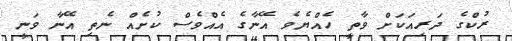
ރުކްގެ ދަރިއަކަށް ވާތީ ހެއްޔެވެ އޭނާގެ އެއްވެސް ކުށެއް ނެތި އޭނާ ވަނީ